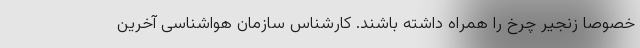
خصوصا زنجیر چرخ را همراه داشته باشند. کارشناس سازمان هواشناسی آخرین